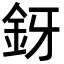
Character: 釾